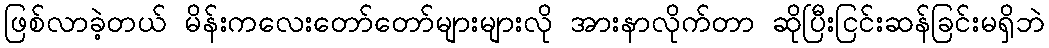
ဖြစ်လာခဲ့တယ် မိန်းကလေးတော်တော်များများလို အားနာလိုက်တာ ဆိုပြီးငြင်းဆန်ခြင်းမရှိဘဲ